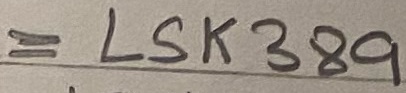
Text: = LSK389